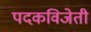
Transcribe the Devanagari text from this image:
पदकविजेती